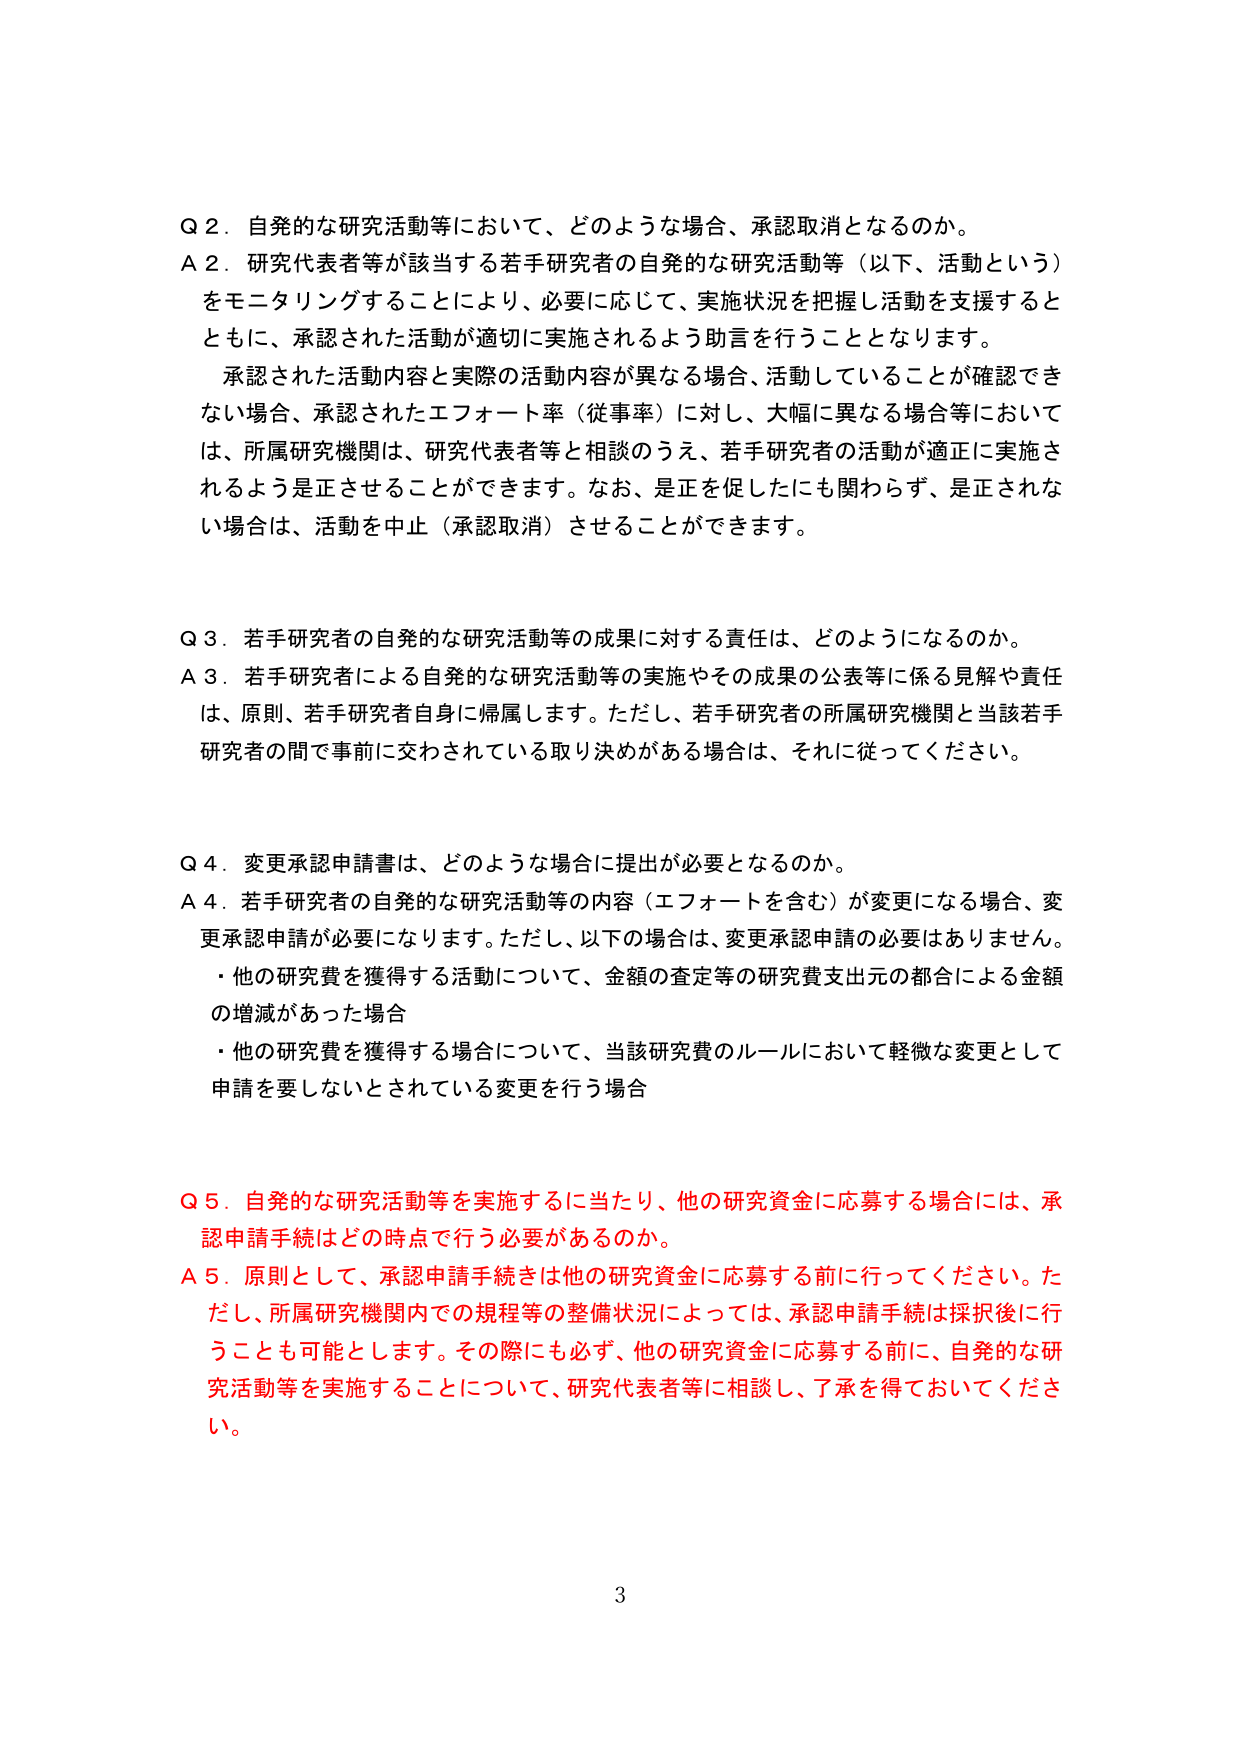
Q 2. 自発的な研究活動等において、どのような場合、承認取消となるのか。
A 2. 研究代表者等が該当する若手研究者の自発的な研究活動等（以下、活動という）をモニタリングすることにより、必要に応じて、実施状況を把握し活動を支援するとともに、承認された活動が適切に実施されるよう助言を行うこととなります。
　承認された活動内容と実際の活動内容が異なる場合、活動していることが確認できない場合、承認されたエフォート率（従事率）に対し、大幅に異なる場合等においては、所属研究機関は、研究代表者等と相談のうえ、若手研究者の活動が適正に実施されるよう是正させることができます。なお、是正を促したにも関わらず、是正されない場合は、活動を中止（承認取消）させることができます。

Q 3. 若手研究者の自発的な研究活動等の成果に対する責任は、どのようになるのか。
A 3. 若手研究者による自発的な研究活動等の実施やその成果の公表等に係る見解や責任は、原則、若手研究者自身に帰属します。ただし、若手研究者の所属研究機関と当該若手研究者の間で事前に交わされている取り決めがある場合は、それに従ってください。

Q 4. 変更承認申請書は、どのような場合に提出が必要となるのか。
A 4. 若手研究者の自発的な研究活動等の内容（エフォートを含む）が変更になる場合、変更承認申請が必要になります。ただし、以下の場合は、変更承認申請の必要はありません。
　・他の研究費を獲得する活動について、金額の査定等の研究費支出元の都合による金額の増減があった場合
　・他の研究費を獲得する場合について、当該研究費のルールにおいて軽微な変更として申請を要しないとされている変更を行う場合

Q 5. 自発的な研究活動等を実施するに当たり、他の研究資金に応募する場合には、承認申請手続はどの時点で行う必要があるのか。
A 5. 原則として、承認申請手続は他の研究資金に応募する前に行ってください。ただし、所属研究機関内での規程等の整備状況によっては、承認申請手続は採択後に行うことも可能とします。その際にも必ず、他の研究資金に応募する前に、自発的な研究活動等を実施することについて、研究代表者等に相談し、了承を得ておいてください。

3